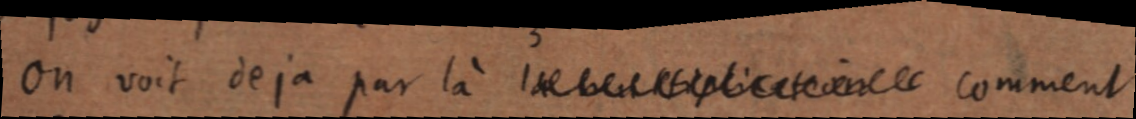
on voit deja par là la multiplication comment